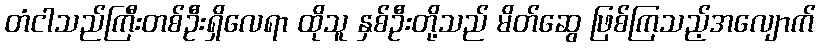
တံငါသည်ကြီးတစ်ဦးရှိလေရာ ထိုသူ နှစ်ဦးတို့သည် မိတ်ဆွေ ဖြစ်ကြသည့်အလျောက်